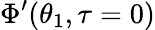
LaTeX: \Phi^{\prime}(\theta_{1},\tau=0)